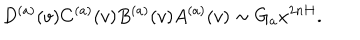
D ^ { ( a ) } ( v ) C ^ { ( a ) } ( v ) B ^ { ( a ) } ( v ) A ^ { ( a ) } ( v ) \sim G _ { a } x ^ { 2 n H } .